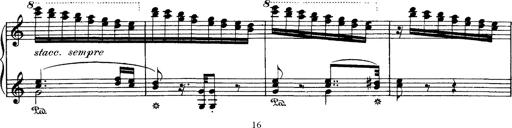
Title: Hungarian Rhapsody No.1
Composer: Franz Liszt
Key: C-sharp minor